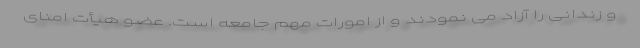
و زندانی را آزاد می نمودند و از امورات مهم جامعه است. عضو هیأت امنای